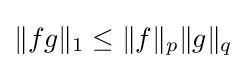
\|fg\|_{1}\leq \|f\|_{p}\|g\|_{q}